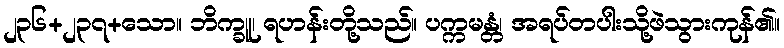
၂၃၆+၂၃၇+သော။ ဘိက္ခူ၊ ရဟန်းတို့သည်။ ပက္ကမန္တံ၊ အရပ်တပါးသို့ဖဲသွားကုန်၏။